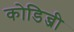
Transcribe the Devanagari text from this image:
कोडिन्जी